Annual report of the Bengal Veterinary College and of the Civil Veterinary Department, Bengal, for the year 1899-1900 - 1899-1900
Year: 1899
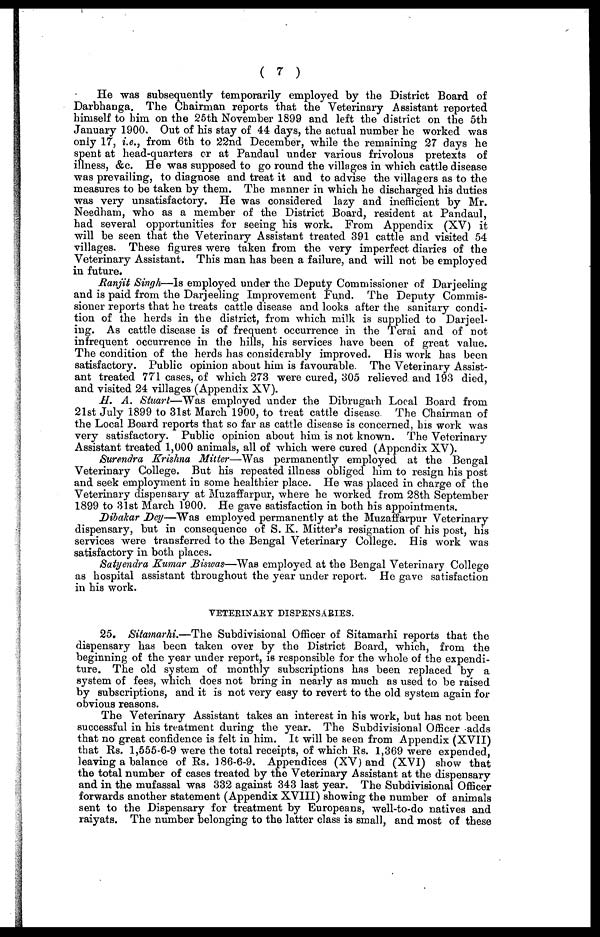
( 7 )
He was subsequently temporarily employed by the District Board of
Darbhanga. The Chairman reports that the Veterinary Assistant reported
himself to him on the 25th November 1899 and left the district on the 5th
January 1900. Out of his stay of 44 days, the actual number he worked was
only 17, i.e., from 6th to 22nd December, while the remaining 27 days he
spent at head-quarters or at Pandaul under various frivolous pretexts of
illness, &c. He was supposed to go round the villages in which cattle disease
was prevailing, to diagnose and treat it and to advise the villagers as to the
measures to be taken by them. The manner in which he discharged his duties
was very unsatisfactory. He was considered lazy and inefficient by Mr.
Needhm, who as a member of the District Board, resident at Pandaul,
had several opportunities for seeing his work. From Appendix (XV) it
will be seen that the Veterinary Assistant treated 391 cattle and visited 54
villages. These figures were taken from the very imperfect diaries of the
Veterinary Assistant. This man has been a failure, and will not be employed
in future.
Ranjit Singh—Is employed under the Deputy Commissioner of Darjeeling
and is paid from the Darjeeling Improvement Fund. The Deputy Commis-
sioner reports that he treats cattle disease and looks after the sanitary condi-
tion of the herds in the district, from which milk is supplied to Darjeel-
ing. As cattle disease is of frequent occurrence in the Terai and of not
infrequent occurrence in the hills, his services have been of great value.
The condition of the herds has considerably improved. His work has been
satisfactory. Public opinion about him is favourable. The Veterinary Assist-
ant treated 771 cases, of which 273 were cured, 305 relieved and 193 died,
and visited 24 villages (Appendix XV).
II. A. Stuart—Was employed under the Dibrugarh Local Board from
21st July 1899 to 31st March 1900, to treat cattle disease. The Chairman of
the Local Board reports that so far as cattle disease is concerned, his work was
very satisfactory. Public opinion about him is not known. The Veterinary
Assistant treated 1,000 animals, all of which were cured (Appendix XV).
Surendra Krishna Mitter—Was permanently employed at the Bengal
Veterinary College. But his repeated illness obliged him to resign his post
and seek employment in some healthier place. He was placed in charge of the
Veterinary dispensary at Muzaffarpur, where he worked from 28th September
1899 to 31st March 1900. He gave satisfaction in both his appointments.
Dibakar Dey—Was employed permanently at the Muzaffarpur Veterinary
dispensary, but in consequence of S. K. Mitter's resignation of his post, his
services were transferred to the Bengal Veterinary College. His work was
satisfactory in both places.
Satyendra Kumar Biswas—Was employed at the Bengal Veterinary College
as hospital assistant throughout the year under report. He gave satisfaction
in his work.
VETERINARY DISPENSARIES.
25.Sitamarhi.—The Subdivisional Officer of Sitamarhi reports that the
dispensary has been taken over by the District Board, which, from the
beginning of the year under report, is responsible for the whole of the expendi-
ture. The old system of monthly subscriptions has been replaced by a
system of fees, which does not bring in nearly as much as used to be raised
by subscriptions, and it is not very easy to revert to the old system again for
obvious reasons.
The Veterinary Assistant takes an interest in his work, but has not been
successful in his treatment during the year. The Subdivisional Officer adds
that no great confidence is felt in him. It will be seen from Appendix (XVII)
that Rs. 1,555-6-9 were the total receipts, of which Rs. 1,369 were expended,
leaving a balance of Rs. 186-6-9. Appendices (XV) and (XVI) show that
the total number of cases treated by the Veterinary Assistant at the dispensary
and in the mufassal was 332 against 343 last year. The Subdivisional Officer
forwards another statement (Appendix XVIII) showing the number of animals
sent to the Dispensary for treatment by Europeans, well-to-do natives and
raiyats. The number belonging to the latter class is small, and most of these